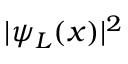
| \psi _ { L } ( x ) | ^ { 2 }